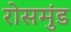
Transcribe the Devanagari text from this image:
रोसमुंड